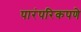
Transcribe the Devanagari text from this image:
पारंपरिकपणे